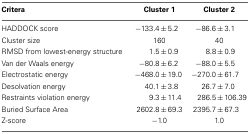
<table><thead><tr><td><b>Critera</b></td><td><b>Cluster 1</b></td><td><b>Cluster 2</b></td></tr></thead><tbody><tr><td>HADDOCK score</td><td>−133.4 ± 5.2</td><td>−86.6 ± 3.1</td></tr><tr><td>Cluster size</td><td>160</td><td>40</td></tr><tr><td>RMSD from lowest-energy structure</td><td>1.5 ± 0.9</td><td>8.8 ± 0.9</td></tr><tr><td>Van der Waals energy</td><td>−80.8 ± 6.2</td><td>−88.0 ± 5.5</td></tr><tr><td>Electrostatic energy</td><td>−468.0 ± 19.0</td><td>−270.0 ± 61.7</td></tr><tr><td>Desolvation energy</td><td>40.1 ± 3.8</td><td>26.7 ± 7.0</td></tr><tr><td>Restraints violation energy</td><td>9.3 ± 11.4</td><td>286.5 ± 106.39</td></tr><tr><td>Buried Surface Area</td><td>2602.8 ± 69.3</td><td>2395.7 ± 67.3</td></tr><tr><td>Z-score</td><td>−1.0</td><td>1.0</td></tr></tbody></table>